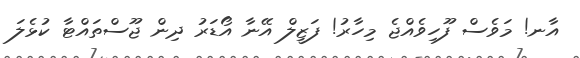
އާނ! މަވެސް ފޫހިވެއްޖެ މިހާރު! ފަޒީލް އޭނާ އޯޑަރު ދިން ޖޫސްތައްޓާ ކުޅެލަ